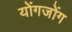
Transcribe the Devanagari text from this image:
योंगजोंग